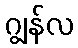
ဂျွန်လ